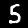
Label: 5